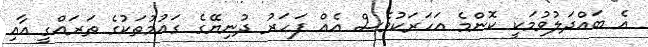
އެ ބައްދަލުވުމަކީ ކޮންމެ އަހަރަކުވެސް އެއް ފަހަރު ދުނިޔޭގެ ގައުމުތަކުގެ ތަރައްގީ އާއި